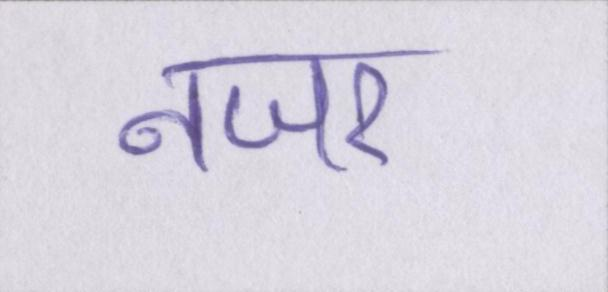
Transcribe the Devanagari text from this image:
नजर